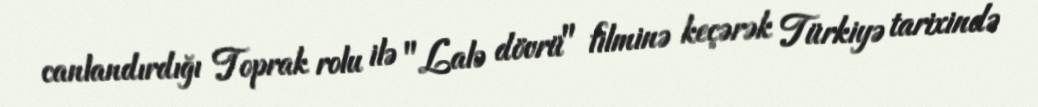
canlandırdığı Toprak rolu ilə "Lalə dövrü" filminə keçərək Türkiyə tarixində